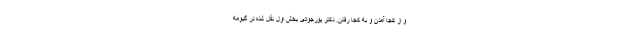
و از کجا آمدن و به کجا رفتن. دکتر پورجوادی بخش اول نقل شده در گیومه